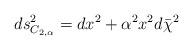
LaTeX: \begin{align*}ds^2_{C_{2,\alpha}}=dx^2+\alpha^2x^2d\bar{\chi}^2\end{align*}